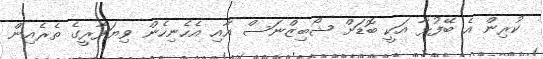
ކުރިން އެ ބޭފުޅާ އަކީ ބޮޑަށް ޝޯބިޒްނަސް އާއި އެހެނިހެން ވިޔަފާރީގެ ތެރެއިން